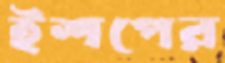
ইশপের